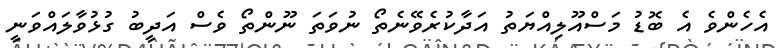
އެހެންވެ އެ ބޮޑު މަސްއޫލިއްޔަތު އަދާކުރެވޭނެތޯ ނުވަތަ ނޫންތޯ ވެސް އަދީބު ގުޅުވާލައްވަނީ